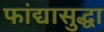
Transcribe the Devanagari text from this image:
फांद्यासुद्धा